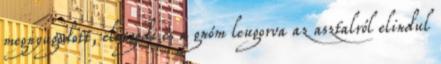
megnyugodott, elengedi és a gnóm leugorva az asztalról elindul